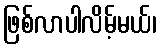
ဖြစ်လာပါလိမ့်မယ်၊